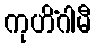
ကုဟိံဂါမီ